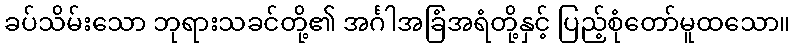
ခပ်သိမ်းသော ဘုရားသခင်တို့၏ အင်္ဂါအခြံအရံတို့နှင့် ပြည့်စုံတော်မူထသော။